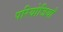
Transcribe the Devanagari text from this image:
परियोजियाँ